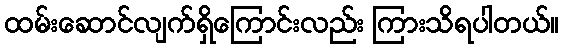
ထမ်းဆောင်လျက်ရှိကြောင်းလည်း ကြားသိရပါတယ်။